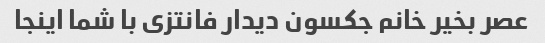
عصر بخیر خانم جکسون دیدار فانتزی با شما اینجا